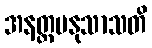
အနတ္ထမနုသာသတိ